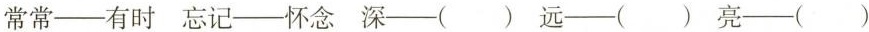
常常——有时 忘记——怀念 深——() 远——() 亮——()